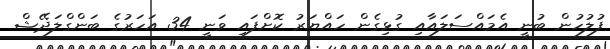
ފުލުހުން ބުނީ އެމައްސަލައާއި ގުޅިގެން ހައްޔަރު ކޮށްފައި ވަނީ 34 އަހަރުގެ ބަންގްލަދޭޝް